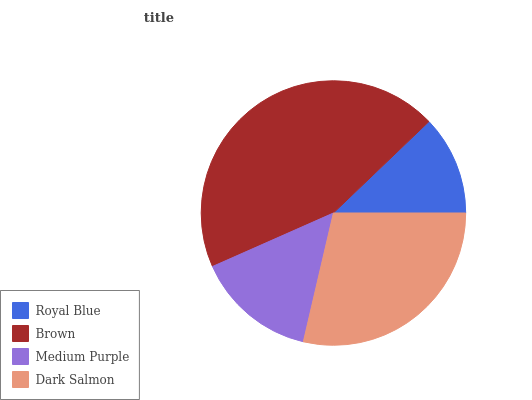
| Royal Blue | Brown | Medium Purple | Dark Salmon |
 | --- | --- | --- | --- |
 | 12.2% | 44.4% | 14.7% | 28.7% |